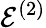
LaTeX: \mathcal{E}^{(2)}